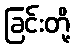
ခြင်းတို့